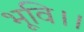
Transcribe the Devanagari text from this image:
भूवि।।